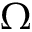
\Omega